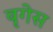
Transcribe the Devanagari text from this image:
बृगेस